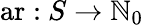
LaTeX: {\mathrm{ar:}}\ S\to\mathbb{N}_{0}